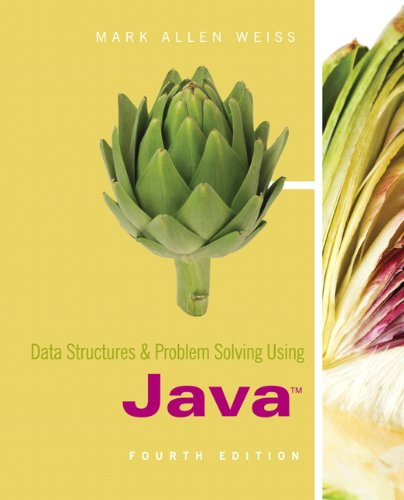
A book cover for Data Structures and Problem Solving Using Java; Mark Allen Weiss; Computers & Technology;